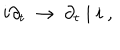
LaTeX: i \partial _ { t } ~ \rightarrow ~ \partial _ { t } \mid i ~ ,